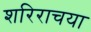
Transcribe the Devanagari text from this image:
शरिराचया